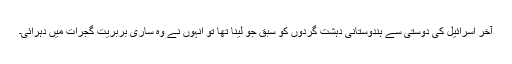
آخر اسرائیل کی دوستی سے ہندوستانی دہشت گردوں کو سبق جو لینا تھا تو انہوں نے وہ ساری بربریت گجرات میں دہرائی۔